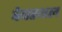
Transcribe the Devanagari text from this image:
वेबस्थल